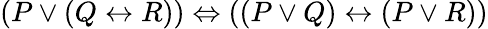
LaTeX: (P\lor(Q\leftrightarrow R))\Leftrightarrow((P\lor Q)\leftrightarrow(P\lor R))